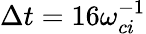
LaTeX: \Delta t=16\omega_{ci}^{-1}